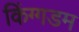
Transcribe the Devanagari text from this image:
किंग्गडम